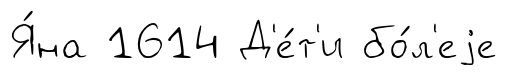
Я́на 1614 Д'е́т'и бо́л'еjе